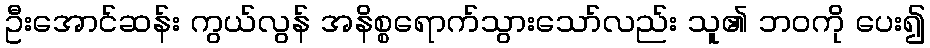
ဦးအောင်ဆန်း ကွယ်လွန် အနိစ္စရောက်သွားသော်လည်း သူ၏ ဘဝကို ပေး၍